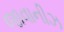
જાવાનીઝ